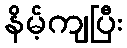
နိမ့်ကျပြီး